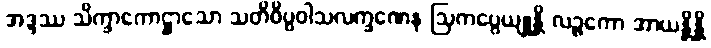
အဒ္ဒဿ သိက္ခာကောဋ္ဌာသော သတိဝိပ္ပဝါသလက္ခဏေန ဩကပ္ပေယျုန္တိ လဉ္ဇကော အာယန္တိန္တိ